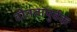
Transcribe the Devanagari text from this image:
दीनतापुर्वक